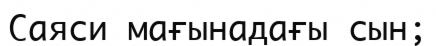
Саяси мағынадағы сын;